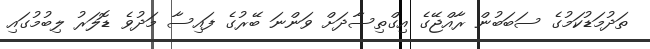
ތަދުމަޑުކަމުގެ ސަބަބުން ރާއްޖޭގެ އިގްތިސާދަށް ވަންނަ ބޭރުގެ ފައިސާ މަދުވެ ޑޮލަރު ލިބުމުގައި